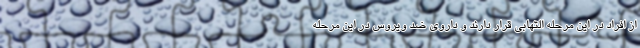
از افراد در این مرحله التهابی قرار دارند و داروی ضد ویروس در این مرحله